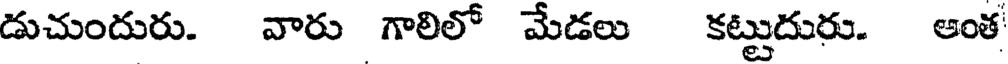
డుచుందురు. వారు గాలిలో మేడలు కట్టుదురు. అంత